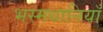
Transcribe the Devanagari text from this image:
भस्मधानियाँ